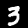
Label: 3